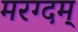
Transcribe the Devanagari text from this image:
मरग्दम्